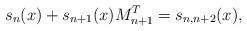
LaTeX: \begin{align*}s_{n}(x) + s_{n+1}(x)M_{n+1}^{T} = s_{n,n+2}(x),\end{align*}